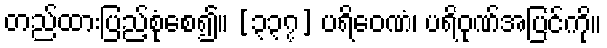
တည်ထားပြည့်စုံစေ၍။ [၃၃၇] ပရိဝေဏံ၊ ပရိဝုဏ်အပြင်ကို။